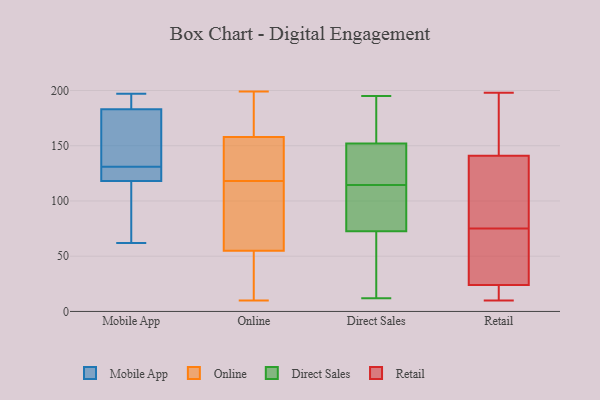
{"axis": {"x": "Conversion Rate (%)", "y": "Value"}, "legend": ["Direct Sales", "Mobile App", "Online", "Retail"], "data": [{"x": "", "y": 146, "type": "Mobile App"}, {"x": "", "y": 135, "type": "Mobile App"}, {"x": "", "y": 118, "type": "Mobile App"}, {"x": "", "y": 183, "type": "Mobile App"}, {"x": "", "y": 90, "type": "Mobile App"}, {"x": "", "y": 127, "type": "Mobile App"}, {"x": "", "y": 185, "type": "Mobile App"}, {"x": "", "y": 62, "type": "Mobile App"}, {"x": "", "y": 124, "type": "Mobile App"}, {"x": "", "y": 197, "type": "Mobile App"}, {"x": "", "y": 158, "type": "Online"}, {"x": "", "y": 111, "type": "Online"}, {"x": "", "y": 190, "type": "Online"}, {"x": "", "y": 139, "type": "Online"}, {"x": "", "y": 56, "type": "Online"}, {"x": "", "y": 133, "type": "Online"}, {"x": "", "y": 199, "type": "Online"}, {"x": "", "y": 19, "type": "Online"}, {"x": "", "y": 39, "type": "Online"}, {"x": "", "y": 25, "type": "Online"}, {"x": "", "y": 10, "type": "Online"}, {"x": "", "y": 103, "type": "Online"}, {"x": "", "y": 132, "type": "Online"}, {"x": "", "y": 54, "type": "Online"}, {"x": "", "y": 190, "type": "Online"}, {"x": "", "y": 68, "type": "Online"}, {"x": "", "y": 158, "type": "Online"}, {"x": "", "y": 158, "type": "Online"}, {"x": "", "y": 103, "type": "Online"}, {"x": "", "y": 125, "type": "Online"}, {"x": "", "y": 97, "type": "Direct Sales"}, {"x": "", "y": 150, "type": "Direct Sales"}, {"x": "", "y": 116, "type": "Direct Sales"}, {"x": "", "y": 12, "type": "Direct Sales"}, {"x": "", "y": 102, "type": "Direct Sales"}, {"x": "", "y": 23, "type": "Direct Sales"}, {"x": "", "y": 32, "type": "Direct Sales"}, {"x": "", "y": 154, "type": "Direct Sales"}, {"x": "", "y": 187, "type": "Direct Sales"}, {"x": "", "y": 109, "type": "Direct Sales"}, {"x": "", "y": 129, "type": "Direct Sales"}, {"x": "", "y": 131, "type": "Direct Sales"}, {"x": "", "y": 48, "type": "Direct Sales"}, {"x": "", "y": 113, "type": "Direct Sales"}, {"x": "", "y": 195, "type": "Direct Sales"}, {"x": "", "y": 178, "type": "Direct Sales"}, {"x": "", "y": 24, "type": "Retail"}, {"x": "", "y": 67, "type": "Retail"}, {"x": "", "y": 167, "type": "Retail"}, {"x": "", "y": 59, "type": "Retail"}, {"x": "", "y": 180, "type": "Retail"}, {"x": "", "y": 26, "type": "Retail"}, {"x": "", "y": 118, "type": "Retail"}, {"x": "", "y": 118, "type": "Retail"}, {"x": "", "y": 10, "type": "Retail"}, {"x": "", "y": 12, "type": "Retail"}, {"x": "", "y": 178, "type": "Retail"}, {"x": "", "y": 83, "type": "Retail"}, {"x": "", "y": 198, "type": "Retail"}, {"x": "", "y": 127, "type": "Retail"}, {"x": "", "y": 23, "type": "Retail"}, {"x": "", "y": 141, "type": "Retail"}, {"x": "", "y": 45, "type": "Retail"}, {"x": "", "y": 21, "type": "Retail"}]}